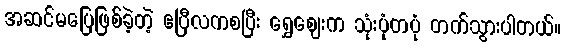
အဆင်မပြေဖြစ်ခဲ့တဲ့ ဧပြီလကစပြီး ရွှေဈေးက သုံးပုံတပုံ တက်သွားပါတယ်။